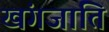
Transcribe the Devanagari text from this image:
खंगजाति